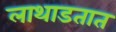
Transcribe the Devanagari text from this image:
लाथाडतात